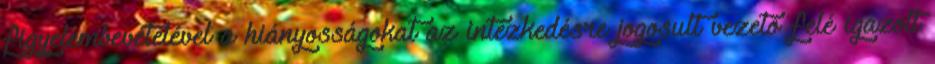
figyelembevételével a hiányosságokat az intézkedésre jogosult vezetõ felé igazolt